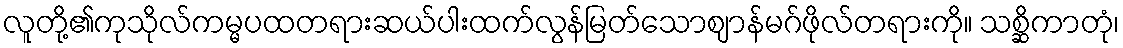
လူတို့၏ကုသိုလ်ကမ္မပထတရားဆယ်ပါးထက်လွန်မြတ်သောဈာန်မဂ်ဖိုလ်တရားကို။ သစ္ဆိကာတုံ၊